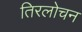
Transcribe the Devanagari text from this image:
तिरलोचन